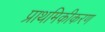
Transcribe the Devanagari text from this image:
प्राथमिकीकरण